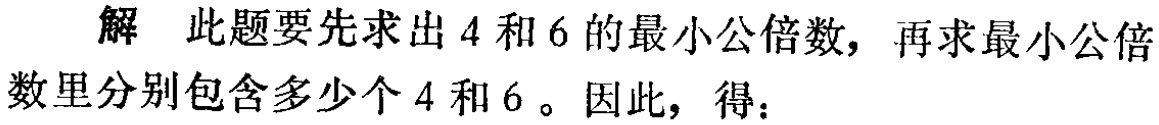
解 此题要先求出 \(4\) 和 \(6\) 的最小公倍数，再求最小公倍数里分别包含多少个 \(4\) 和 \(6\)。因此，得：